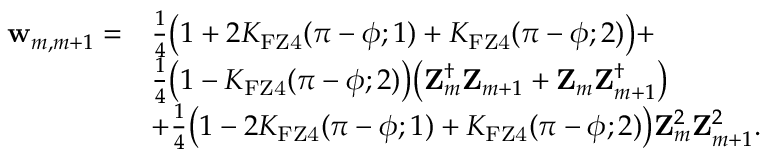
\begin{array} { r l } { \mathbf { w } _ { m , m + 1 } = } & { \frac { 1 } { 4 } \big ( 1 + 2 K _ { \mathrm { F Z 4 } } ( \pi - \phi ; 1 ) + K _ { \mathrm { F Z 4 } } ( \pi - \phi ; 2 ) \big ) + } \\ & { \frac { 1 } { 4 } \big ( 1 - K _ { \mathrm { F Z 4 } } ( \pi - \phi ; 2 ) \big ) \big ( \mathbf { Z } _ { m } ^ { \dag } \mathbf { Z } _ { m + 1 } + \mathbf { Z } _ { m } \mathbf { Z } _ { m + 1 } ^ { \dag } \big ) } \\ & { + \frac { 1 } { 4 } \big ( 1 - 2 K _ { \mathrm { F Z 4 } } ( \pi - \phi ; 1 ) + K _ { \mathrm { F Z 4 } } ( \pi - \phi ; 2 ) \big ) \mathbf { Z } _ { m } ^ { 2 } \mathbf { Z } _ { m + 1 } ^ { 2 } . } \end{array}